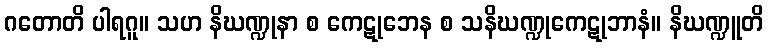
ဂတောတိ ပါရဂူ။ သဟ နိဃဏ္ဍုနာ စ ကေဋုဘေန စ သနိဃဏ္ဍုကေဋုဘာနံ။ နိဃဏ္ဍူတိ